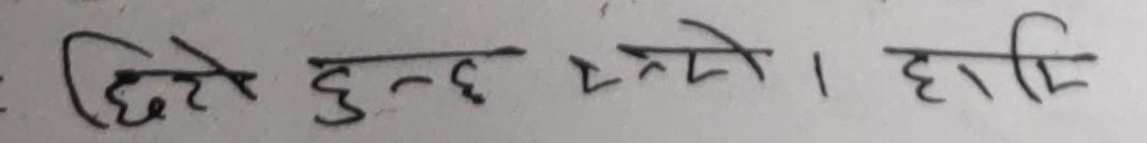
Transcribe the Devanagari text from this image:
छिटो हुन्छ त्यसो । हापि